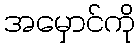
အမှောင်ကို